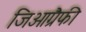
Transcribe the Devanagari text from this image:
जिओग्रैफी